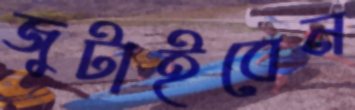
জুটাইবেন